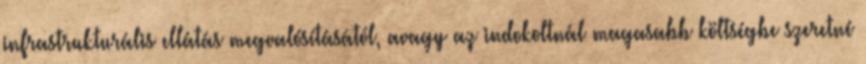
infrastrukturális ellátás megvalósításától, avagy az indokoltnál magasabb költségbe szeretné